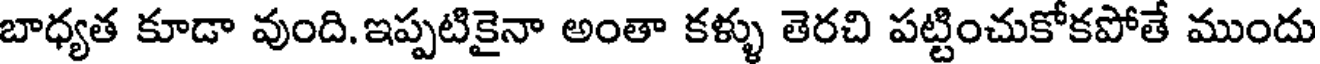
బాధ్యత కూడా వుంది. ఇప్పటికైనా అంతా కళ్ళు తెరచి పట్టించుకోకపోతే ముందు